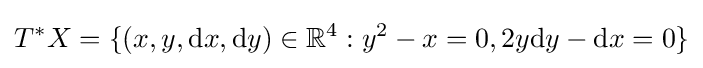
T^{*}X=\{(x,y,\mathrm {d} x,\mathrm {d} y)\in \mathbb {R} ^{4}:y^{2}-x=0,2y\mathrm {d} y-\mathrm {d} x=0\}